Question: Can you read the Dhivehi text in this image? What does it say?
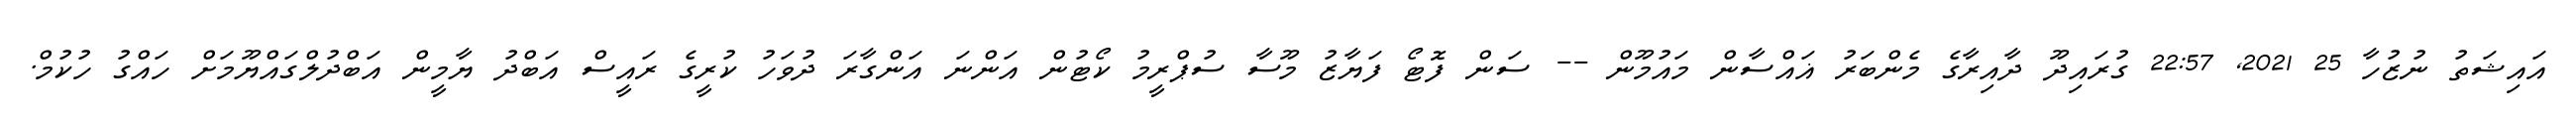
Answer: އައިޝަތު ނުޒުހާ 25 2021, 22:57 ގުރައިދޫ ދާއިރާގެ މެންބަރު ޣައްސާން މައުމޫން -- ސަން ފޮޓޯ ފަޔާޒު މޫސާ ސުޕްރީމު ކޯޓުން އަންނަ އަންގާރަ ދުވަހު ކުރީގެ ރައީސް އަބްދު ޔާމީން އަބްދުލްގައްޔޫމަށް ހައްގު ހުކުމް.